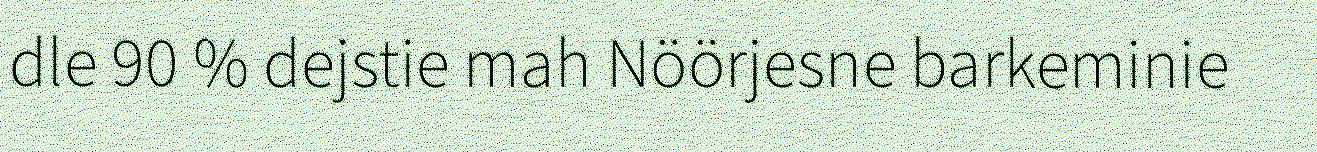
dle 90 % dejstie mah Nöörjesne barkeminie